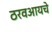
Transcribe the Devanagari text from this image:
ठरवआयचे